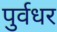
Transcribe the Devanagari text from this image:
पुर्वधर